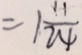
= 1 \frac { 1 1 } { 2 4 }